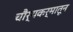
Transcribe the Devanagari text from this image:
चौर्यकर्मातून